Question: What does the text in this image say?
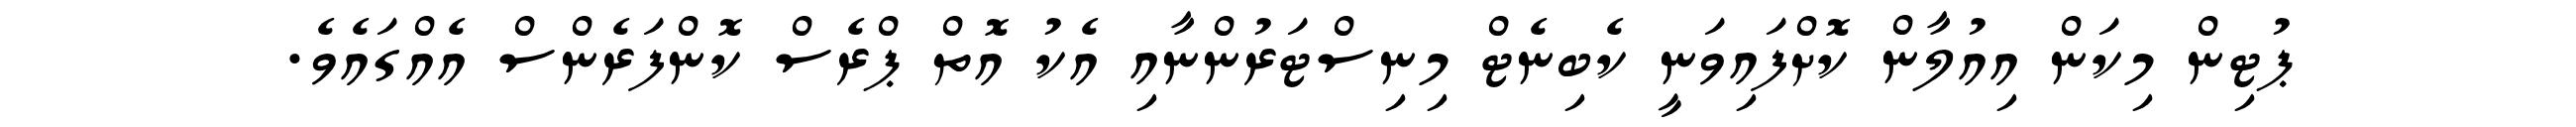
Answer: ޕުޓިން މިކަން އިއުލާން ކޮށްފައިވަނީ ކެބިނެޓް މިނިސްޓަރުންނާއި އެކު އޮތް ޕްރެސް ކޮންފަރެންސް އެއްގައެވެ.